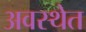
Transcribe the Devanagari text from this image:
अवस्‍थेत